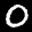
Label: 0